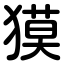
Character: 獏